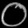
Digit: ၀